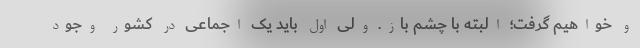
و خواهیم گرفت؛ البته با چشم باز. ولی اول باید یک اجماعی در کشور وجود